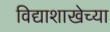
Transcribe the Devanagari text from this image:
विद्याशाखेच्या